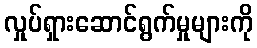
လှုပ်ရှားဆောင်ရွက်မှုများကို